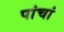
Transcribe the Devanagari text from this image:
पांचां